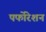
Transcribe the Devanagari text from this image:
पर्फोरेशन